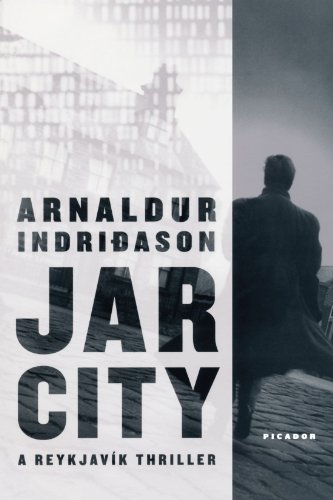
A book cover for Jar City: A ReykjaviÂ­k Thriller; Arnaldur Indridason; Mystery, Thriller & Suspense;